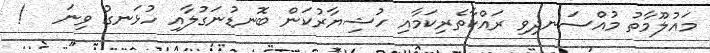
މައުލޫމާތު މުއްސަނދިވި ރައްކާތެރިކަމާއި ހުޝިޔާރުކަން ބޮނޑުނަގުލާއި ހުޅަނގު ވިނަ   !